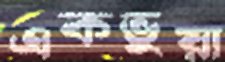
একভুয়া